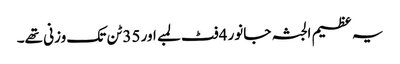
یہ عظیم الجثہ جانور 4فٹ لمبے اور 35ٹن تک وزنی تھے۔